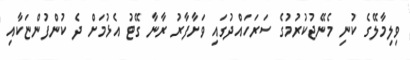
ވިލިމާލޭގެ ކުނި މެނޭޖުކުރުމުގެ ސަރަހައްދުގައި ވަށާފާރު ރާނާ ގޭޓު އެޅުމަށް ދެ ކުންފުންޏަކާއި